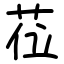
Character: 莅